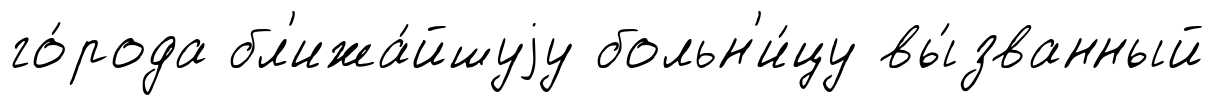
го́рода бл'ижа́йшуjу больн'и́цу вы́званный